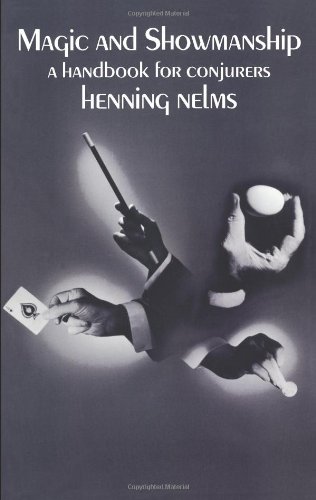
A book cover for Magic and Showmanship: A Handbook for Conjurers (Dover Magic Books); Henning Nelms; Humor & Entertainment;